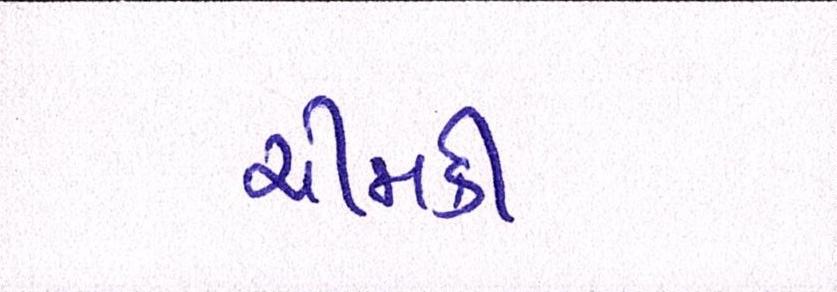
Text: ચીમકી